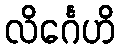
လိင်္ဂေဟိ